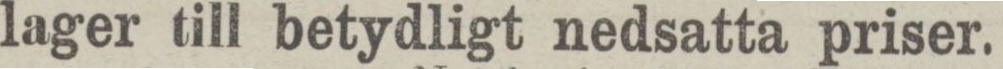
lager till betydligt nedsatta priser.